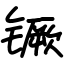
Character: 镢